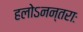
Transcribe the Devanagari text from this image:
हलोऽनन्तराः